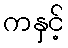
ကနှင့်